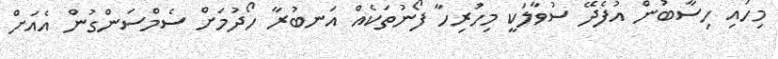
މިހައި ހިސާބުން އުފެދޭ ސުވާލަކީ މިހުރިހާ ފޯނުތަކެއް އަނބުރާ ހޯދުމަށް ސެމްސަންގުން އެއަށް